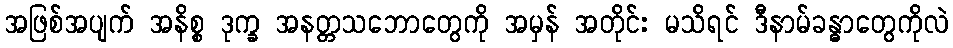
အဖြစ်အပျက် အနိစ္စ ဒုက္ခ အနတ္တသဘောတွေကို အမှန် အတိုင်း မသိရင် ဒီနာမ်ခန္ဓာတွေကိုလဲ